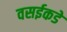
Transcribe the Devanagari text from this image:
वसईकडे